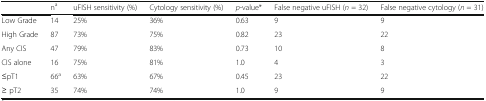
|  | na | uFISH sensitivity (%) | Cytology sensitivity (%) | p-value* | False negative uFISH (n = 32) | False negative cytology (n = 31) |
 | --- | --- | --- | --- | --- | --- | --- |
 | Low Grade | 14 | 25% | 36% | 0.63 | 9 | 9 |
 | High Grade | 87 | 73% | 75% | 0.82 | 23 | 22 |
 | Any CIS | 47 | 79% | 83% | 0.73 | 10 | 8 |
 | CIS alone | 16 | 75% | 81% | 1.0 | 4 | 3 |
 | ≤pT1 | 66a | 63% | 67% | 0.45 | 23 | 22 |
 | ≥ pT2 | 35 | 74% | 74% | 1.0 | 9 | 9 |